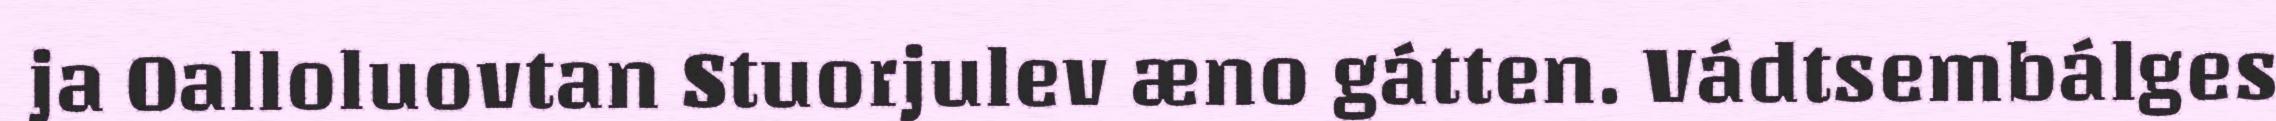
ja Oalloluovtan Stuorjulev æno gátten. Vádtsembálges